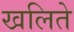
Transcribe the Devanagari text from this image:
खलिते